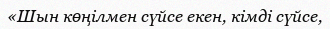
«Шын көңілмен сүйсе екен, кімді сүйсе,